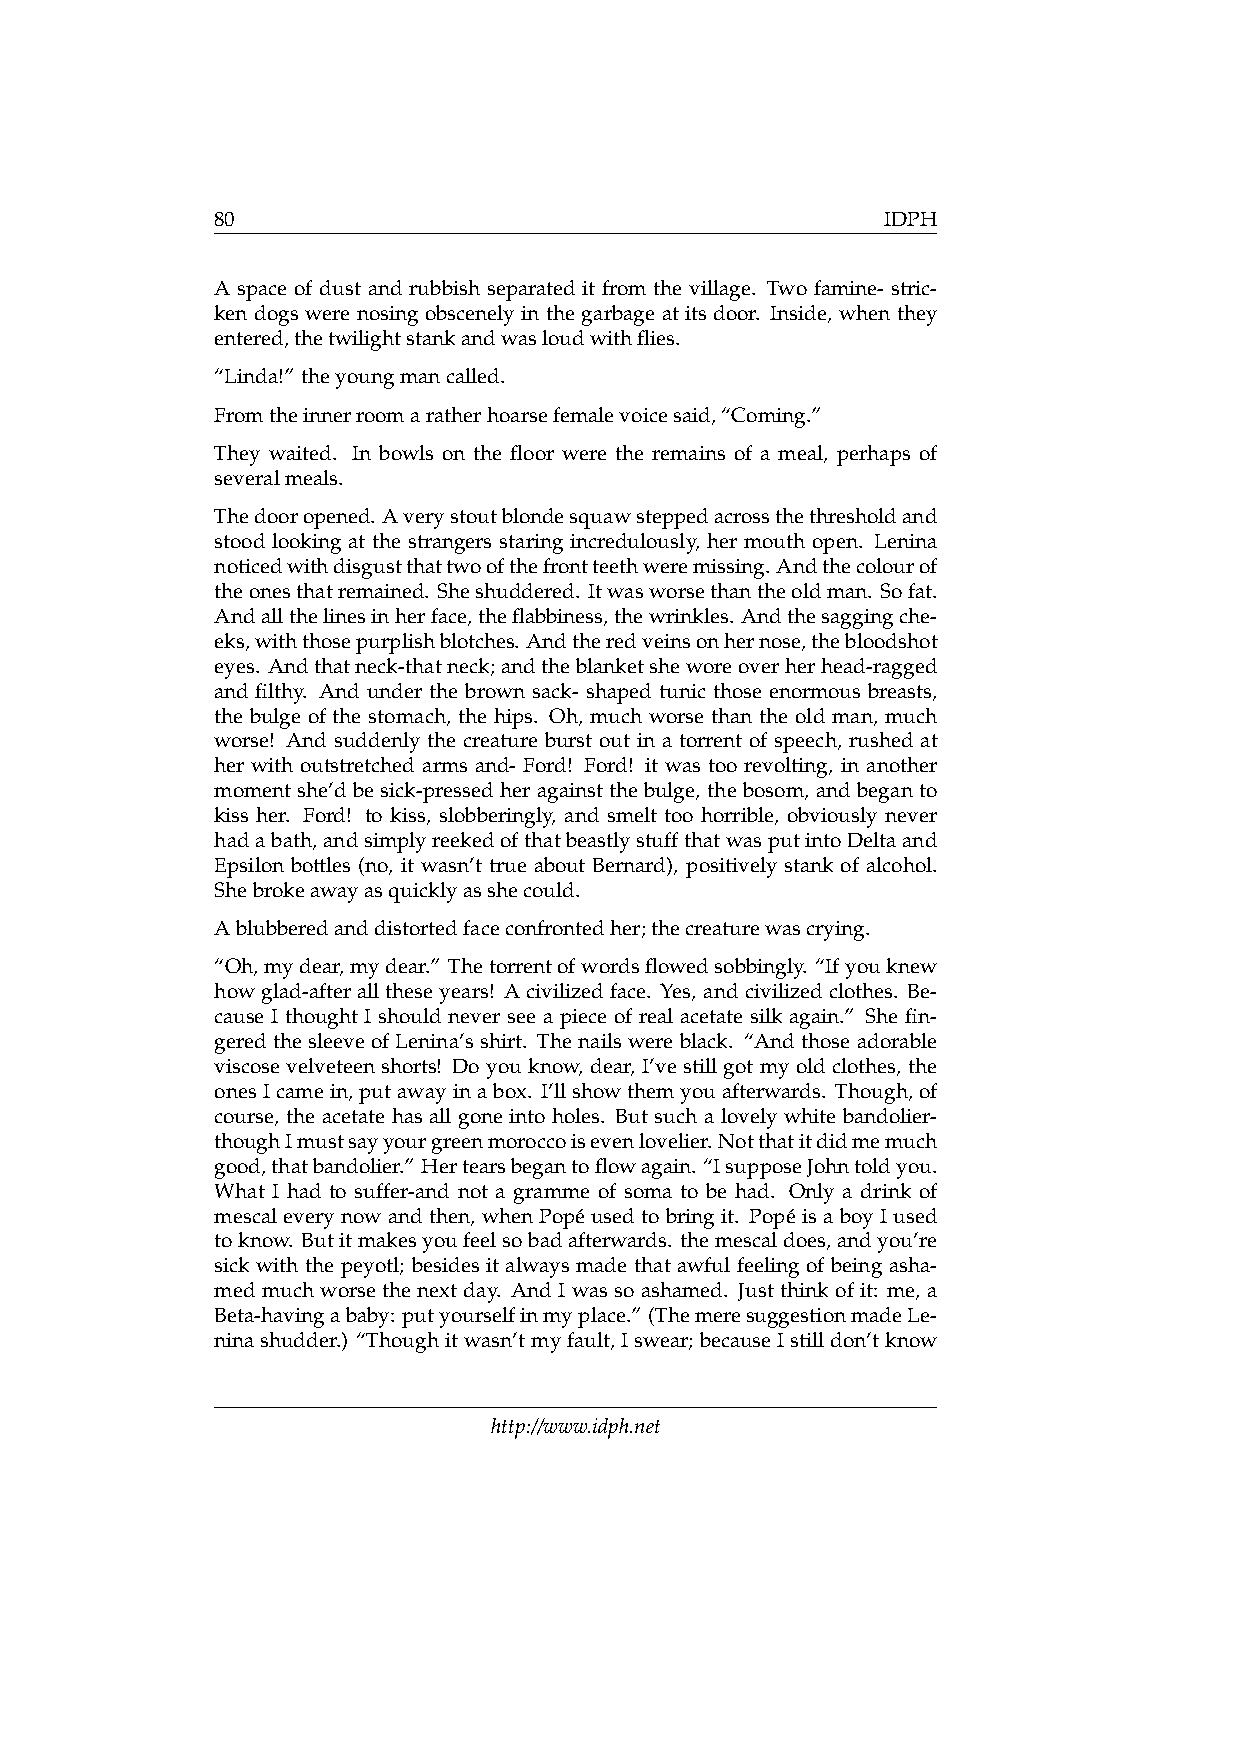
80                                           IDPH
 A space of dust and rubbish separated it from the village. Two famine- stric-
 ken dogs were nosing obscenely in the garbage at its door. Inside, when they
 entered,thetwilightstankandwasloudwithflies.
 “Linda!” theyoungmancalled.
 Fromtheinnerroomaratherhoarsefemalevoicesaid,“Coming.”
 They waited. In bowls on the floor were the remains of a meal, perhaps of
 severalmeals.
 Thedooropened. Averystoutblondesquawsteppedacrossthethresholdand
 stood looking at the strangers staring incredulously, her mouth open. Lenina
 noticedwithdisgustthattwoofthefrontteethweremissing. Andthecolourof
 theonesthatremained. Sheshuddered. Itwasworsethantheoldman. Sofat.
 Andallthelinesinherface,theflabbiness,thewrinkles. Andthesaggingche-
 eks,withthosepurplishblotches. Andtheredveinsonhernose,thebloodshot
 eyes. Andthatneck-thatneck;andtheblanketsheworeoverherhead-ragged
 and filthy. And under the brown sack- shaped tunic those enormous breasts,
 the bulge of the stomach, the hips. Oh, much worse than the old man, much
 worse! And suddenly the creature burst out in a torrent of speech, rushed at
 her with outstretched arms and- Ford! Ford! it was too revolting, in another
 moment she’d be sick-pressed her against the bulge, the bosom, and began to
 kiss her. Ford! to kiss, slobberingly, and smelt too horrible, obviously never
 hadabath,andsimplyreekedofthatbeastlystuffthatwasputintoDeltaand
 Epsilon bottles (no, it wasn’t true about Bernard), positively stank of alcohol.
 Shebrokeawayasquicklyasshecould.
 Ablubberedanddistortedfaceconfrontedher;thecreaturewascrying.
 “Oh,mydear,mydear.” Thetorrentofwordsflowedsobbingly. “Ifyouknew
 howglad-afteralltheseyears! Acivilizedface. Yes, andcivilizedclothes. Be-
 cause I thought I should never see a piece of real acetate silk again.” She fin-
 gered the sleeve of Lenina’s shirt. The nails were black. “And those adorable
 viscose velveteen shorts! Do you know, dear, I’ve still got my old clothes, the
 onesIcamein,putawayinabox. I’llshowthemyouafterwards. Though,of
 course, the acetate has all gone into holes. But such a lovely white bandolier-
 thoughImustsayyourgreenmoroccoisevenlovelier.Notthatitdidmemuch
 good,thatbandolier.” Hertearsbegantoflowagain. “IsupposeJohntoldyou.
 What I had to suffer-and not a gramme of soma to be had. Only a drink of
 mescaleverynowandthen, whenPopéusedtobringit. PopéisaboyIused
 toknow. Butitmakesyoufeelsobadafterwards. themescaldoes,andyou’re
 sick with the peyotl; besides it always made that awful feeling of being asha-
 med much worse the next day. And I was so ashamed. Just think of it: me, a
 Beta-havingababy: putyourselfinmyplace.” (ThemeresuggestionmadeLe-
 ninashudder.) “Thoughitwasn’tmyfault,Iswear;becauseIstilldon’tknow
 http://www.idph.net